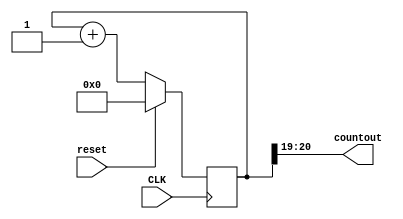

// Adapted by: // http://www.fpga4student.com/2017/09/seven-segment-led-display-controller-basys3-fpga.html
// Developed by: Jesus Adrian Guerra with help from Jeneane Amin and Rhyan Johnson
// this uses the internal clock to slow down the rate in which it's counted

module SlowClock(
    
    input CLK,
    input reset,
    output [1:0]countout
);
reg [20:0] refresh_counter; 
// the first 19-bit for creating 190Hz refresh rate
// the other 2-bit for creating 4 LED-activating signals
// count        0    ->  1  ->  2  ->  3
// activates    LED1    LED2   LED3   LED4
// and repeat
always @(posedge CLK)
begin 
 if(reset==1)
  refresh_counter <= 0;
 else
  refresh_counter <= refresh_counter + 1;

end 

assign countout = refresh_counter[20:19];

endmodule